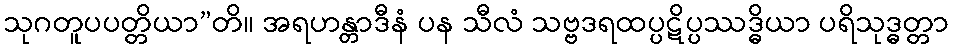
သုဂတူပပတ္တိယာ”တိ။ အရဟန္တာဒီနံ ပန သီလံ သဗ္ဗဒရထပ္ပဋိပ္ပဿဒ္ဓိယာ ပရိသုဒ္ဓတ္တာ